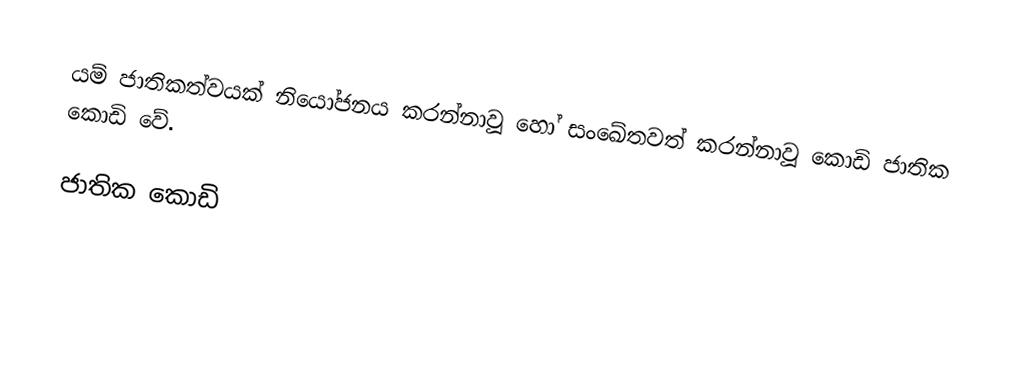
යම් ජාතිකත්වයක් නියෝජනය කරන්නාවූ හෝ සංඛේතවත් කරන්නාවූ කොඩි ජාතික කොඩි  වේ.

ජාතික කොඩි